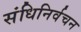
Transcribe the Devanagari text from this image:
संधिनिर्वचन